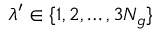
\lambda ^ { \prime } \in \{ 1 , 2 , \ldots , 3 N _ { g } \}